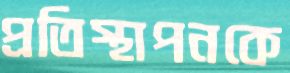
প্রতিস্থাপনকে